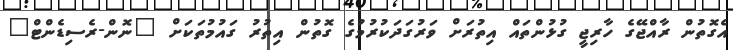
އެގޮތުން ރާއްޖޭގެ ހާރިޖީ ގުޅުންތައް އިތުރަށް ވަރުގަދަކުރުމުގެ ގޮތުން އިތުރު ގައުމުތަކަށް "ނޮން-ރެސިޑެންޓް"